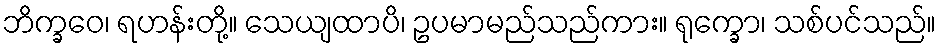
ဘိက္ခဝေ၊ ရဟန်းတို့။ သေယျထာပိ၊ ဥပမာမည်သည်ကား။ ရုက္ခော၊ သစ်ပင်သည်။